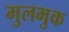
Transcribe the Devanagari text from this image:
मुलभुक